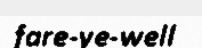
fare-ye-well